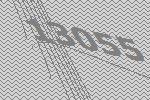
13055